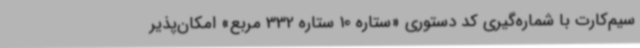
سیم‌کارت با شماره‌گیری کد دستوری «ستاره 10 ستاره 332 مربع» امکان‌پذیر